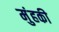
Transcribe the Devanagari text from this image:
मुंहकी